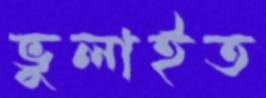
ভুলাইত